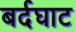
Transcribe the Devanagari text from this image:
बर्दघाट